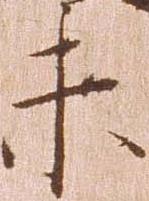
未